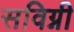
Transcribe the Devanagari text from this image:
सविग्नी